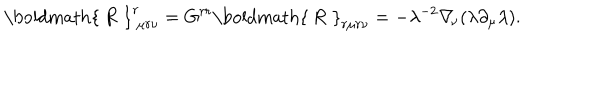
LaTeX: \mathrm { \boldmath { ~ R ~ } } _ { \ \mu r \nu } ^ { r } = G ^ { r r } \mathrm { \boldmath { ~ R ~ } } _ { r \mu r \nu } = - \lambda ^ { - 2 } \nabla _ { \! \nu } ( \lambda \partial _ { \mu } \lambda ) .